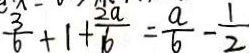
\frac { 3 } { 6 } + 1 + \frac { 2 a } { 6 } = \frac { a } { 6 } - \frac { 1 } { 2 }